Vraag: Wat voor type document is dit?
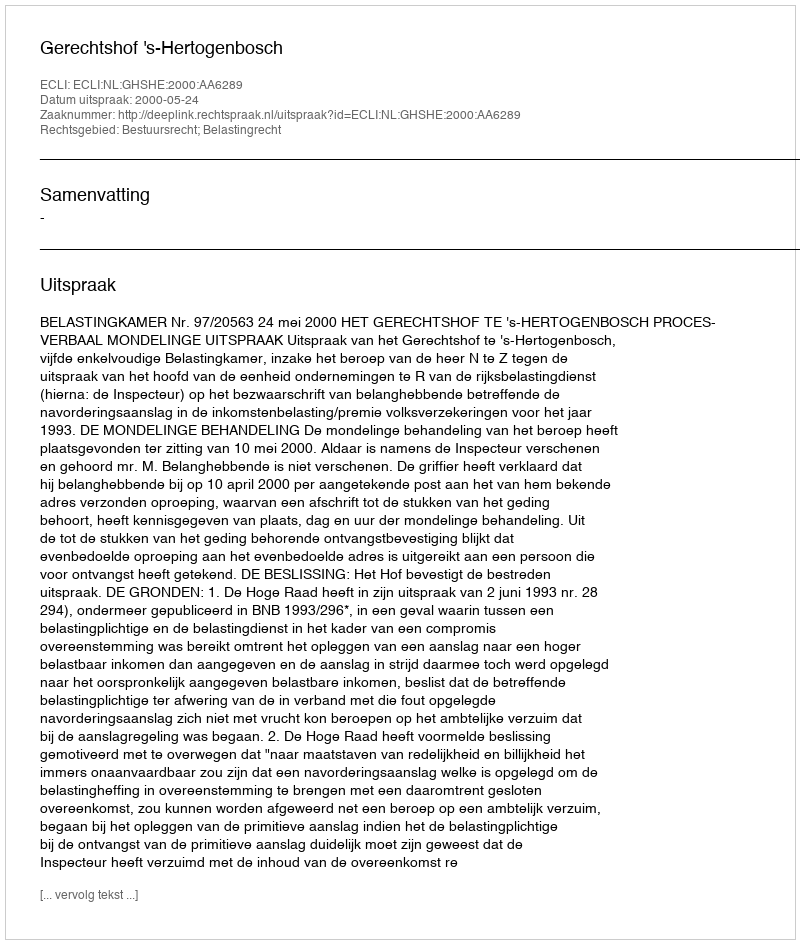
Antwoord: Uitspraak